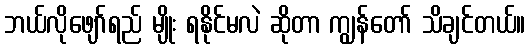
ဘယ်လိုဖျော်ရည် မျိုး ရနိုင်မလဲ ဆိုတာ ကျွန်တော် သိချင်တယ်။